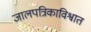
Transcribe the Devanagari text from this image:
जालपत्रिकाविश्वात